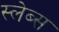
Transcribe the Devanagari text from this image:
स्लेब्स